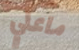
ماعلي